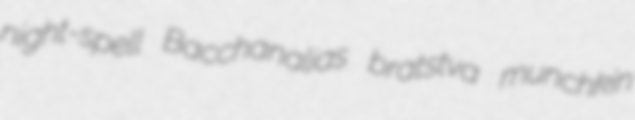
night-spell Bacchanalias bratstva munchkin